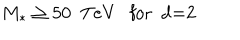
LaTeX: M _ { * } \geq 5 0 \ \ \mathrm { T e V } \ \ \ \mathrm { f o r ~ d = 2 ~ }